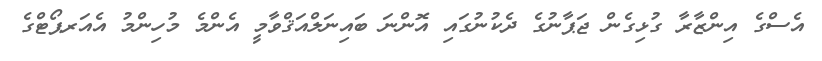
އެސްގެ އިންޒާރާ ގުޅިގެން ޖަޕާނުގެ ދެކުނުގައި އޮންނަ ބައިނަލްއަޤްވާމީ އެންމެ މުހިންމު އެއަރޕޯޓްގެ